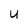
Character: U